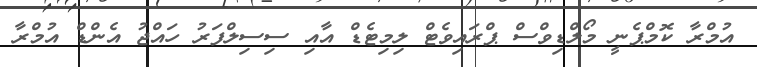
އުމްރާ ކޮމްޕެނީ މޯލްޑިވްސް ޕްރައިވެޓް ލިމިޓެޑް އާއި ސިސިލްފަރު ހައްޖު އެންޑް އުމްރާ